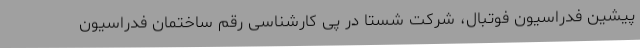
پیشین فدراسیون فوتبال، شرکت شستا در پی کارشناسی رقم ساختمان فدراسیون